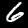
Label: 6